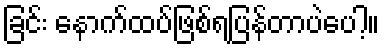
ခြင်း နောက်ထပ်ဖြစ်ရပြန်တာပဲပေါ့။